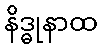
နိဒ္ဓုနာထ